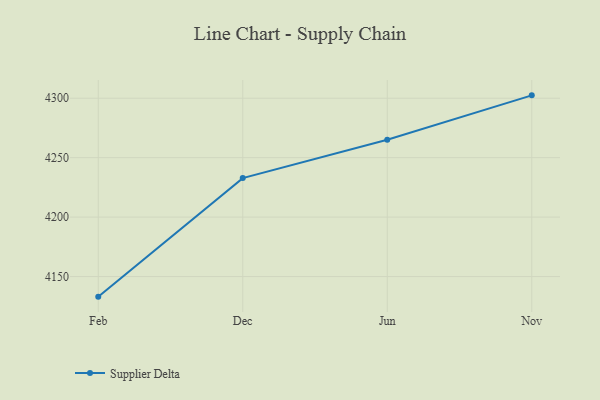
{"axis": {"x": "Month", "y": "Active Users"}, "legend": ["Supplier Delta"], "data": [{"x": "Feb", "y": 4133.1, "type": "Supplier Delta"}, {"x": "Dec", "y": 4232.8, "type": "Supplier Delta"}, {"x": "Jun", "y": 4265.0, "type": "Supplier Delta"}, {"x": "Nov", "y": 4302.4, "type": "Supplier Delta"}]}